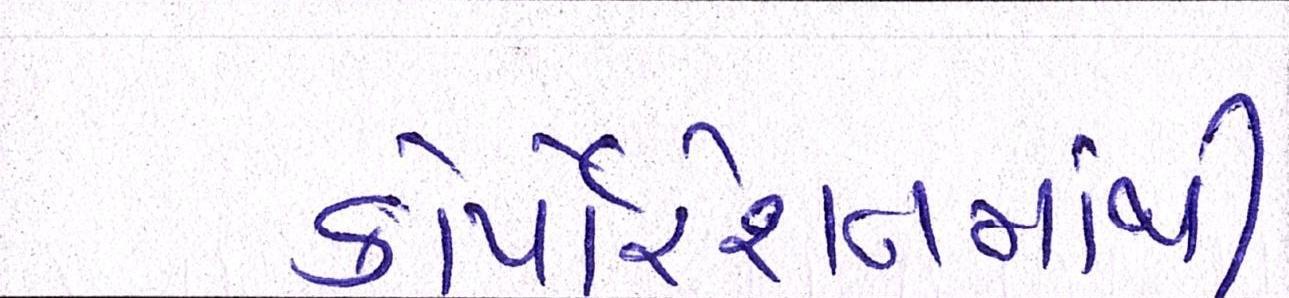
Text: કોર્પોરેશનમાંથી